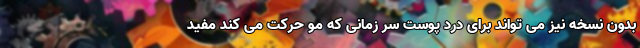
بدون نسخه نیز می تواند برای درد پوست سر زمانی که مو حرکت می کند مفید